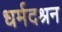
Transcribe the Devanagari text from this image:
धर्मदश्रन